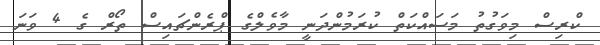
ކްރިސް މިވަގުތު މަސައްކަތް ކުރަމުންދަނީ މާވެލްގެ ޕްރެންޗައިސް ތޯރް ގެ 4 ވަނަ